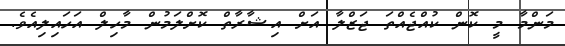
މަންމާ މީ ކޮން ކުއްޖެއްތަ ޖަޒްލާ އަށް އިޝާރާތް ކޮށްލަމުން މާހިލް އަހައިލިއެވެ.